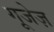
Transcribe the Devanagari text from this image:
गूजेज़